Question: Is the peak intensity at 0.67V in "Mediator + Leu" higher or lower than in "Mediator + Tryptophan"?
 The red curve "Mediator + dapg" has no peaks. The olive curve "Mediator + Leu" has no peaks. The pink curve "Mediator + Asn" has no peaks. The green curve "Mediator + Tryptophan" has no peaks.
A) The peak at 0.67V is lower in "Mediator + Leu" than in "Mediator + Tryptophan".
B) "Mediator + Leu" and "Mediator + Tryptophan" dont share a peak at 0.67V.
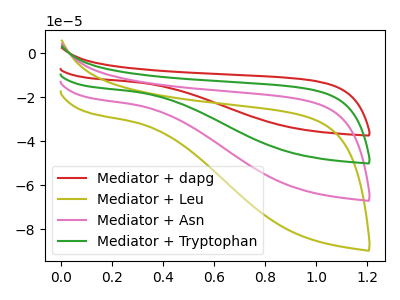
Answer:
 <answer>B) "Mediator + Leu" and "Mediator + Tryptophan" dont share a peak at 0.67V.</answer>
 <eval>B</eval>